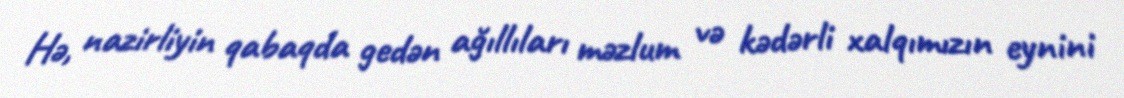
Hə, nazirliyin qabaqda gedən ağıllıları məzlum və kədərli xalqımızın eynini